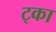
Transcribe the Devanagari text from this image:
ट्का